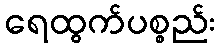
ရေထွက်ပစ္စည်း